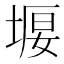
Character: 𡍿